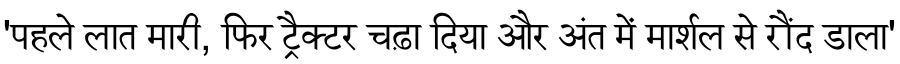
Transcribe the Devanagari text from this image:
'पहले लात मारी, फिर ट्रैक्टर चढ़ा दिया और अंत में मार्शल से रौंद डाला'